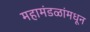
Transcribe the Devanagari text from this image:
महामंडळांमधून